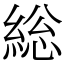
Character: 総